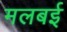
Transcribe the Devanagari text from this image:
मलबई